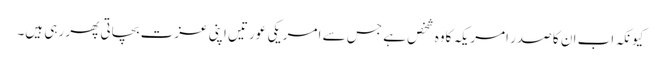
کیونکہ اب ان کا صدر امریکہ کاوہ شخص ہے جس سے امریکی عورتیں اپنی عزت بچاتی پھر رہی ہیں۔